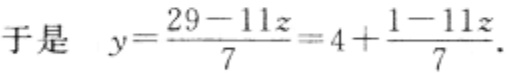
于是 \(y=\frac{29 - 11z}{7}=4+\frac{1 - 11z}{7}\).